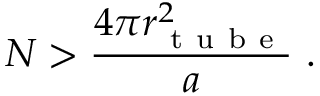
N > \frac { 4 \pi r _ { \mathrm { ~ t ~ u ~ b ~ e ~ } } ^ { 2 } } { a } \ .